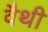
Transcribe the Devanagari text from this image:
वैथी